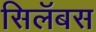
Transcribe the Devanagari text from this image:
सिलॅबस